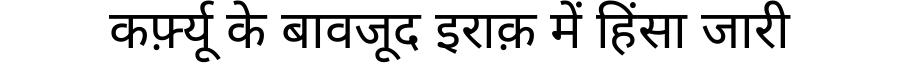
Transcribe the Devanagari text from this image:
कर्फ़्यू के बावजूद इराक़ में हिंसा जारी